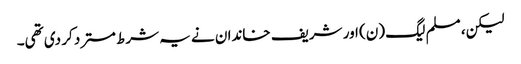
لیکن، مسلم لیگ (ن) اور شریف خاندان نے یہ شرط مسترد کر دی تھی۔